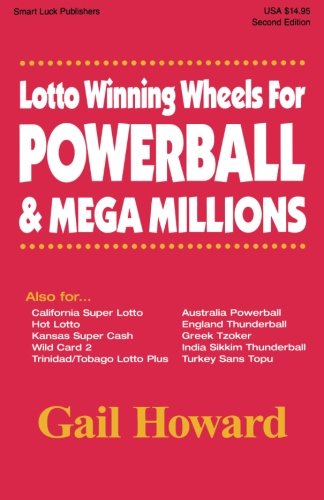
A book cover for Lotto Winning Wheels For Powerball & Mega Millions, 2006 Edition; Gail Howard; Humor & Entertainment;